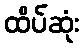
ထိပ်ဆုံး